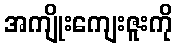
အကျိုးကျေးဇူးကို